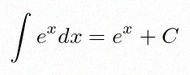
\int e^x dx=e^x+C